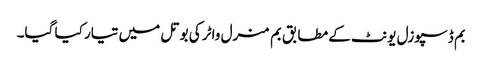
بم ڈسپوزل یونٹ کے مطابق بم منرل واٹر کی بوتل میں تیار کیا گیا۔